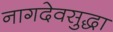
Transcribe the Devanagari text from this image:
नागदेवसुद्धा